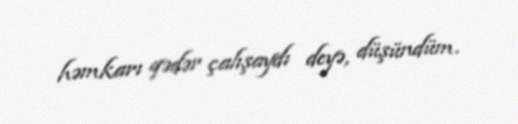
həmkarı qədər çalışaydı deyə, düşündüm.